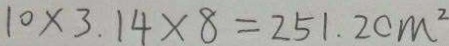
1 0 \times 3 . 1 4 \times 8 = 2 5 1 . 2 c m ^ { 2 }